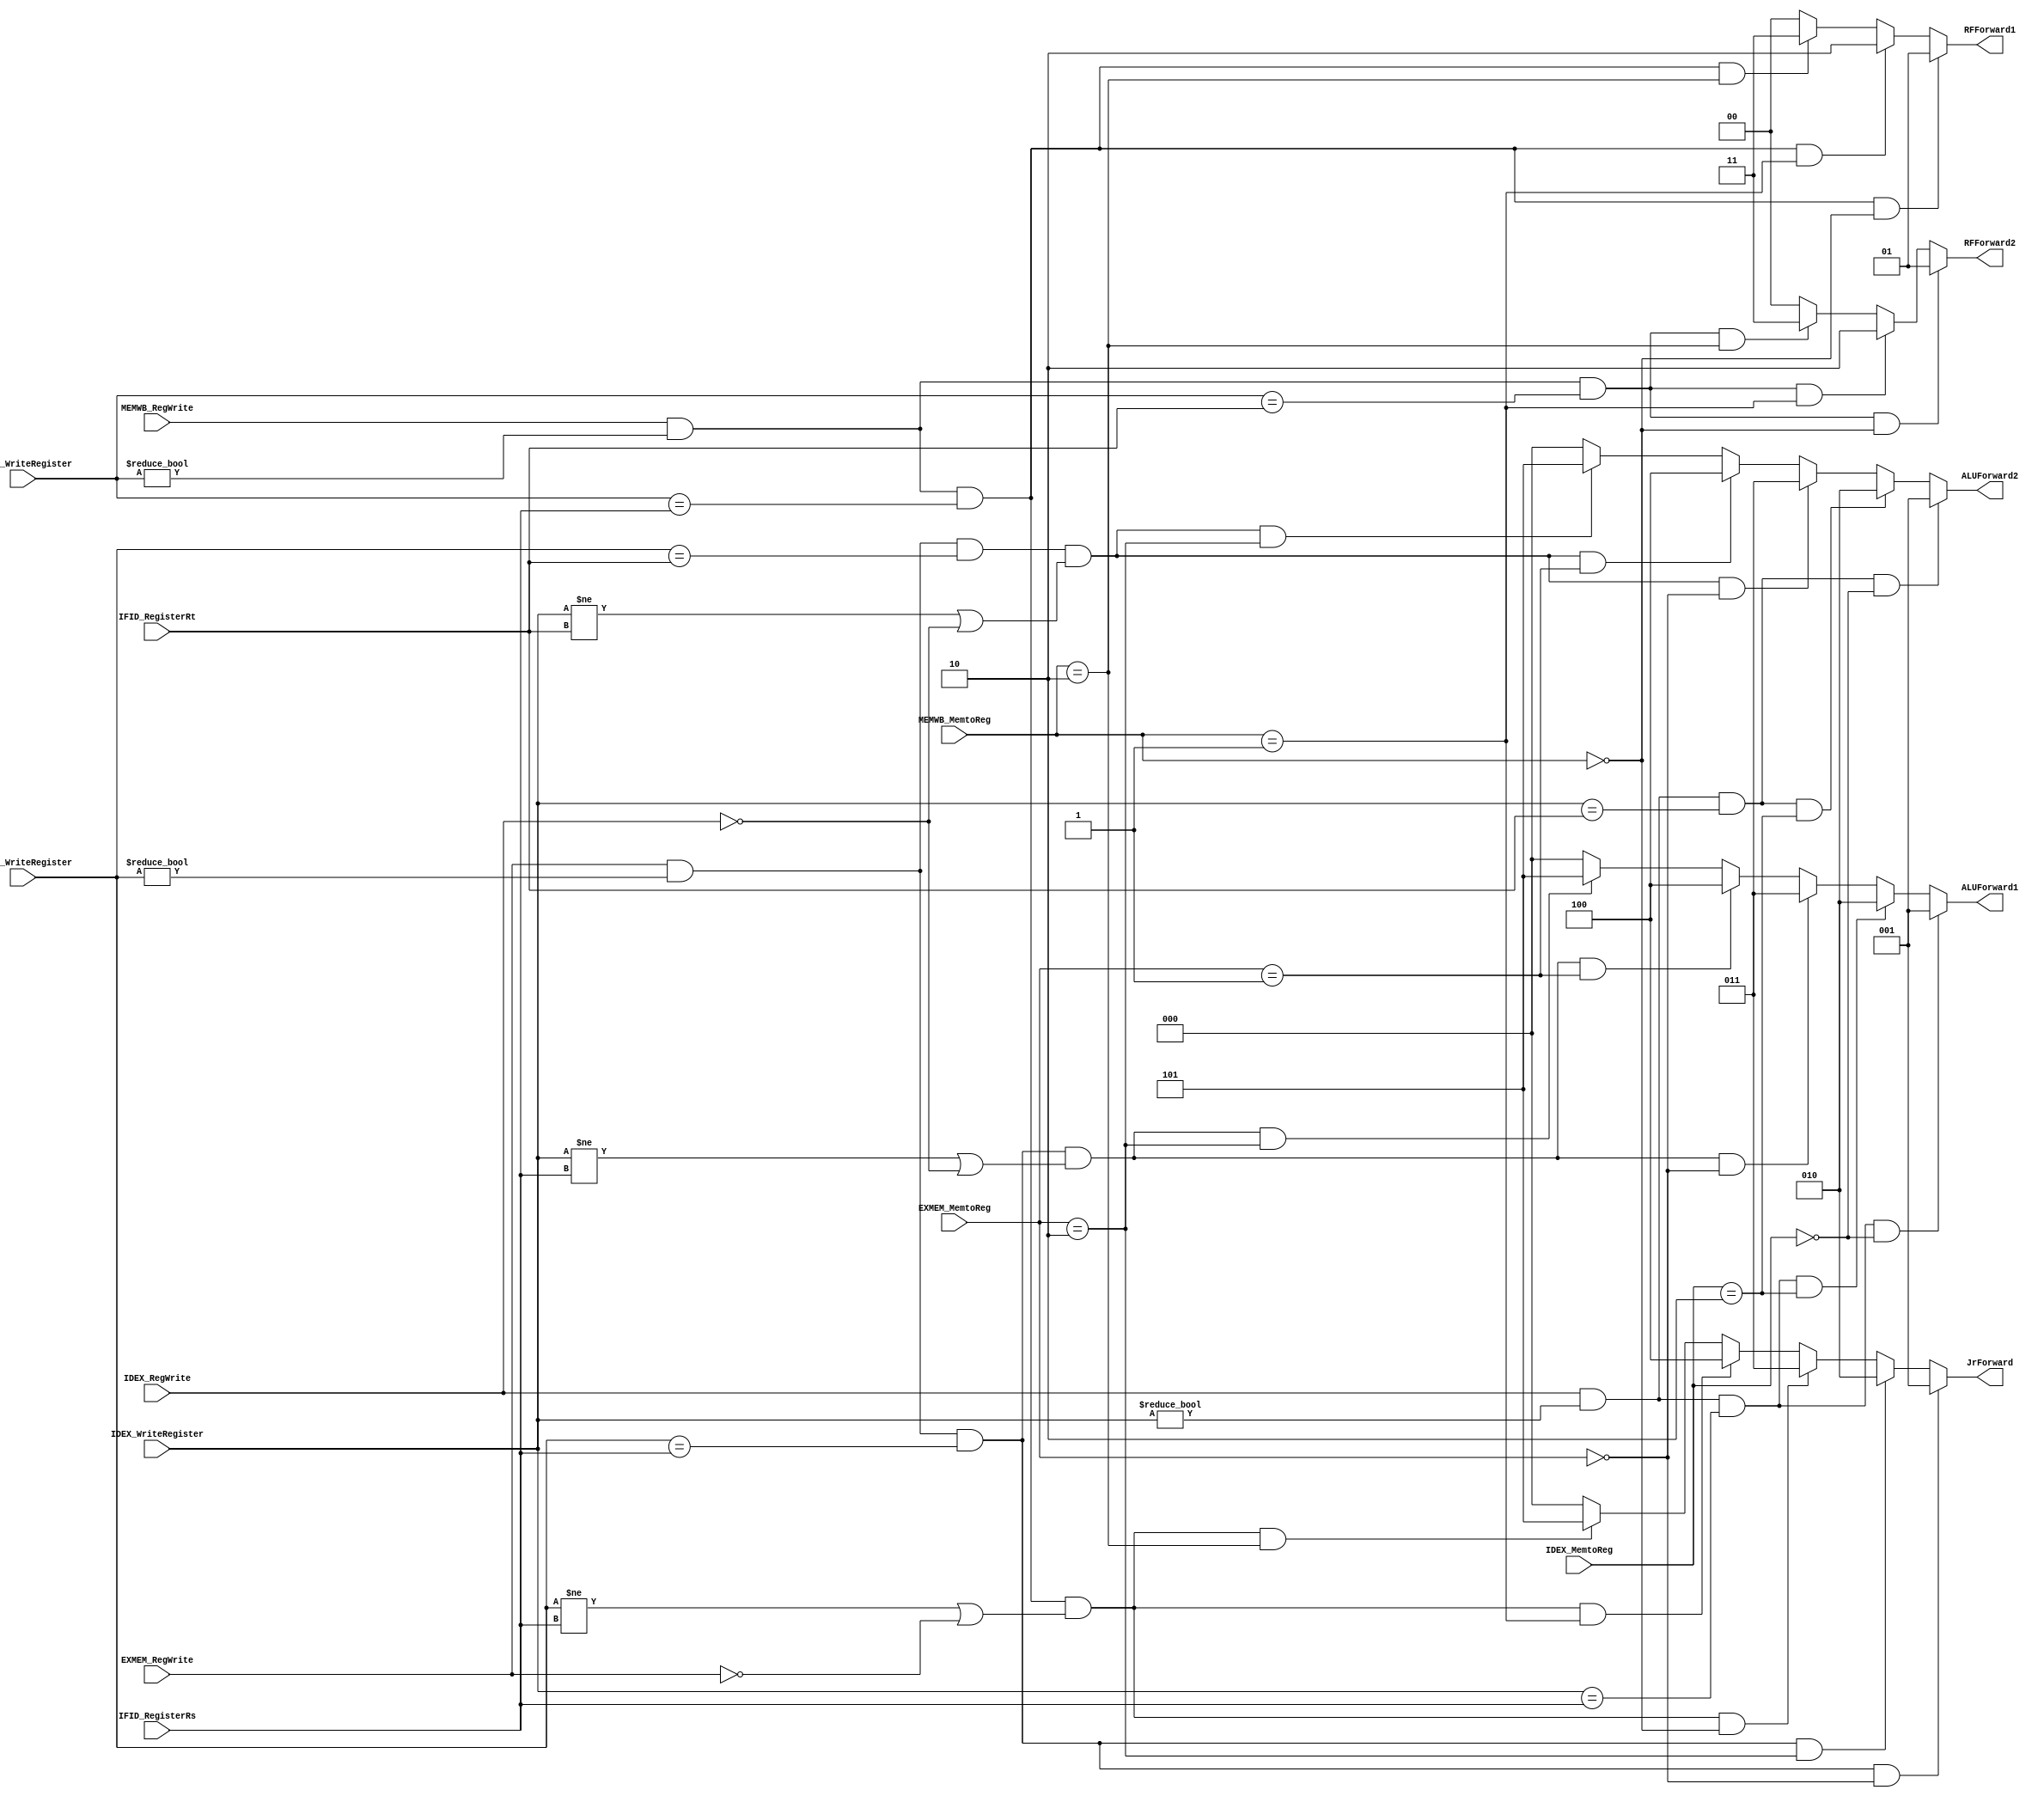
module ForwardControl(IFID_RegisterRs, IFID_RegisterRt, IDEX_RegWrite, IDEX_WriteRegister, IDEX_MemtoReg, 
    EXMEM_RegWrite, EXMEM_MemtoReg, EXMEM_WriteRegister, MEMWB_RegWrite, MEMWB_WriteRegister, MEMWB_MemtoReg, 
    RFForward1, RFForward2, ALUForward1, ALUForward2, JrForward); 
    input [4:0] IFID_RegisterRs;
    input [4:0] IFID_RegisterRt;
    input IDEX_RegWrite;
    input [4:0] IDEX_WriteRegister;
    input [1:0] IDEX_MemtoReg;
    input EXMEM_RegWrite;
    input [1:0] EXMEM_MemtoReg;
    input [4:0] EXMEM_WriteRegister;
    input MEMWB_RegWrite;
    input [4:0] MEMWB_WriteRegister;
    input [1:0] MEMWB_MemtoReg;
    output reg [1:0] RFForward1;
    output reg [1:0] RFForward2;
    output reg [2:0] ALUForward1;
    output reg [2:0] ALUForward2;
    output reg [2:0] JrForward;
    
    //RFForward1
    always @(*) begin
        if(MEMWB_RegWrite && (MEMWB_WriteRegister != 0) && (MEMWB_WriteRegister == IFID_RegisterRs) && (MEMWB_MemtoReg == 2'b00)) begin
            RFForward1 <= 2'b01;
        end
        else if (MEMWB_RegWrite && (MEMWB_WriteRegister != 0) && (MEMWB_WriteRegister == IFID_RegisterRs) && (MEMWB_MemtoReg == 2'b01)) begin
            RFForward1 <= 2'b10;
        end
        else if (MEMWB_RegWrite && (MEMWB_WriteRegister != 0) && (MEMWB_WriteRegister == IFID_RegisterRs) && (MEMWB_MemtoReg == 2'b10)) begin
            RFForward1 <= 2'b11;
        end
        else begin
            RFForward1 <= 2'b00;
        end
    end
    //RFForward2
    always @(*) begin
        if(MEMWB_RegWrite && (MEMWB_WriteRegister != 0) && (MEMWB_WriteRegister == IFID_RegisterRt) && (MEMWB_MemtoReg == 2'b00)) begin
            RFForward2 <= 2'b01;
        end
        else if (MEMWB_RegWrite && (MEMWB_WriteRegister != 0) && (MEMWB_WriteRegister == IFID_RegisterRt) && (MEMWB_MemtoReg == 2'b01)) begin
            RFForward2 <= 2'b10;
        end
        else if (MEMWB_RegWrite && (MEMWB_WriteRegister != 0) && (MEMWB_WriteRegister == IFID_RegisterRt) && (MEMWB_MemtoReg == 2'b10)) begin
            RFForward2 <= 2'b11;
        end
        else begin
            RFForward2 <= 2'b00;
        end
    end        
    //ALUForward1
    always @(*) begin
        //EXMEM_ALUoutALU1    
        if (IDEX_RegWrite && (IDEX_WriteRegister != 0) && (IDEX_WriteRegister == IFID_RegisterRs) && (IDEX_MemtoReg == 2'b00)) begin
            ALUForward1 <= 3'b001;
        end
        //EXMEM_PC_plus_4ALU1
        else if (IDEX_RegWrite && (IDEX_WriteRegister != 0) && (IDEX_WriteRegister == IFID_RegisterRs) && (IDEX_MemtoReg == 2'b10)) begin
            ALUForward1 <= 3'b010;
        end
        //MEMWB_ALUoutALU1
        else if (EXMEM_RegWrite && (EXMEM_WriteRegister != 0) && (EXMEM_WriteRegister == IFID_RegisterRs) && (IDEX_WriteRegister != IFID_RegisterRs || !IDEX_RegWrite) && (EXMEM_MemtoReg == 2'b00)) begin
            ALUForward1 <= 3'b011;
        end
        //MDRALU1
        else if (EXMEM_RegWrite && (EXMEM_WriteRegister != 0) && (EXMEM_WriteRegister == IFID_RegisterRs) && (IDEX_WriteRegister != IFID_RegisterRs || !IDEX_RegWrite) && (EXMEM_MemtoReg == 2'b01)) begin
            ALUForward1 <= 3'b100;
        end
        //MEMWB_PC_plus_4ALU1
        else if (EXMEM_RegWrite && (EXMEM_WriteRegister != 0) && (EXMEM_WriteRegister == IFID_RegisterRs) && (IDEX_WriteRegister != IFID_RegisterRs || !IDEX_RegWrite) && (EXMEM_MemtoReg == 2'b10)) begin
            ALUForward1 <= 3'b101;
        end
        else begin
            ALUForward1 <= 3'b000;
        end
    end
    //ALUForward2
    always @(*) begin
        //EXMEM_ALUoutALU2
        if (IDEX_RegWrite && (IDEX_WriteRegister != 0) && (IDEX_WriteRegister == IFID_RegisterRt) && (IDEX_MemtoReg == 2'b00)) begin
            ALUForward2 <= 3'b001;
        end
        //EXMEM_PC_plus_4ALU2
        else if (IDEX_RegWrite && (IDEX_WriteRegister != 0) && (IDEX_WriteRegister == IFID_RegisterRt) && (IDEX_MemtoReg == 2'b10)) begin
            ALUForward2 <= 3'b010;
        end
        //MEMWB_ALUoutALU2
        else if (EXMEM_RegWrite && (EXMEM_WriteRegister != 0) && (EXMEM_WriteRegister == IFID_RegisterRt) && (IDEX_WriteRegister != IFID_RegisterRt || !IDEX_RegWrite) && (EXMEM_MemtoReg == 2'b00)) begin
            ALUForward2 <= 3'b011;
        end
        //MDRALU2 
        else if (EXMEM_RegWrite && (EXMEM_WriteRegister != 0) && (EXMEM_WriteRegister == IFID_RegisterRt) && (IDEX_WriteRegister != IFID_RegisterRt || !IDEX_RegWrite) && (EXMEM_MemtoReg == 2'b01)) begin
            ALUForward2 <= 3'b100;
        end
        //MEMWB_PC_plus_4ALU2
        else if (EXMEM_RegWrite && (EXMEM_WriteRegister != 0) && (EXMEM_WriteRegister == IFID_RegisterRt) && (IDEX_WriteRegister != IFID_RegisterRt || !IDEX_RegWrite) && (EXMEM_MemtoReg == 2'b10)) begin
            ALUForward2 <= 3'b101;
        end
        else begin
            ALUForward2 <= 3'b000;
        end
    end
    //JrForward
    always @(*) begin
        //EXMEM_ALUoutjr
        if (EXMEM_RegWrite && (EXMEM_WriteRegister != 0) && (EXMEM_WriteRegister == IFID_RegisterRs) && (EXMEM_MemtoReg == 2'b00)) begin
            JrForward <= 3'b001;
        end
        //EXMEM_PC_plus_4jr
        else if (EXMEM_RegWrite && (EXMEM_WriteRegister != 0) && (EXMEM_WriteRegister == IFID_RegisterRs) && (EXMEM_MemtoReg == 2'b10)) begin
            JrForward <= 3'b010;
        end
        //MEM_ALUoutjr
        else if (MEMWB_RegWrite && (MEMWB_WriteRegister != 0) && (MEMWB_WriteRegister == IFID_RegisterRs) && (EXMEM_WriteRegister != IFID_RegisterRs || !EXMEM_RegWrite) && (MEMWB_MemtoReg == 2'b00)) begin
            JrForward <= 3'b011;
        end
        //MDRjr
        else if (MEMWB_RegWrite && (MEMWB_WriteRegister != 0) && (MEMWB_WriteRegister == IFID_RegisterRs) && (EXMEM_WriteRegister != IFID_RegisterRs || !EXMEM_RegWrite) && (MEMWB_MemtoReg == 2'b01)) begin
            JrForward <= 3'b100;
        end
        //MEMWB_PC_plus_4jr
        else if (MEMWB_RegWrite && (MEMWB_WriteRegister != 0) && (MEMWB_WriteRegister == IFID_RegisterRs) && (EXMEM_WriteRegister != IFID_RegisterRs || !EXMEM_RegWrite) && (MEMWB_MemtoReg == 2'b10)) begin
            JrForward <= 3'b101;
        end
        else begin
            JrForward <= 3'b000;
        end
    end
    
endmodule